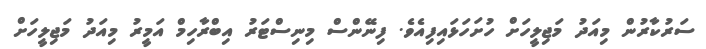
ސަރުކާރުން މިއަދު މަޖިލީހަށް ހުށަހަޅައިފިއެވެ. ފިނޭންސް މިނިސްޓަރު އިބްރާހިމް އަމީރު މިއަދު މަޖިލީހަށް